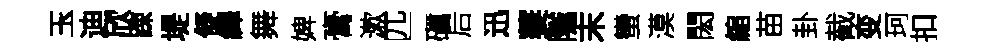
玉迪欣踈堤儗繹舞婢膏漱匹礪后迅萋隲末蠻漠閎縮苗卦截变珂扣